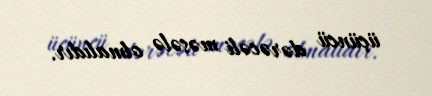
üçüncü dərəcəli məsələ olmalıdır.